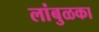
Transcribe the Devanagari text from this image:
लांबुळका